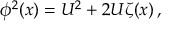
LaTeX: \phi ^ { 2 } ( x ) = U ^ { 2 } + 2 U \zeta ( x ) \, ,